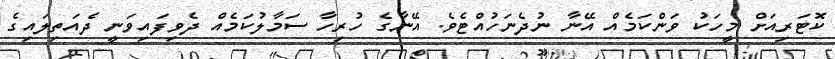
ކޮޓަރިއަށް މީހަކު ވަންކަމެއް އޭނާ ނުދެނަހުއްޓެވެ. އޭނާގެ ހުރިހާ ސަމާލުކަމެއް ދެވިފައިވަނީ ދެއަތިލައިގެ